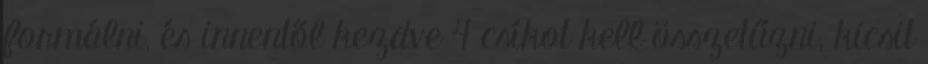
formálni, és innentől kezdve 4 csíkot kell összetűzni, kicsit